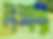
লক্ষ্যা